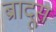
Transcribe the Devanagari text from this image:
ब्रादूस